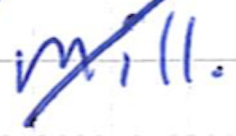
Text: mill.
Cross-out: diagonal
Writing tool: ballpoint